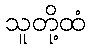
သူတို့ထံ